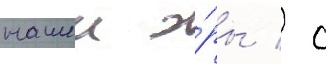
нашеи э́ры / с